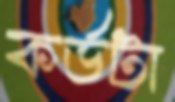
কর্ডটা